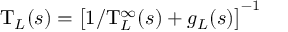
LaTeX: \mathrm { T } _ { L } ( s ) = \big [ 1 / \mathrm { T } _ { L } ^ { \infty } ( s ) + g _ { L } ( s ) \big ] ^ { - 1 }